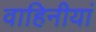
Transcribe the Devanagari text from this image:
वाहिनीयां